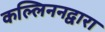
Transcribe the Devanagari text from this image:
कल्लिननद्वारा